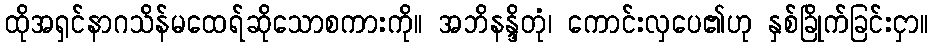
ထိုအရှင်နာဂသိန်မထေရ်ဆိုသောစကားကို။ အဘိနန္ဒိတုံ၊ ကောင်းလှပေ၏ဟု နှစ်ခြိုက်ခြင်းငှာ။